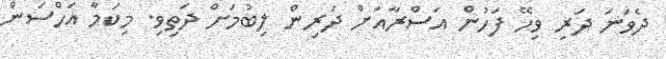
ދެވަނަ ދަރި ވިހޭ ފަހުން އަސްރާއަށް ދަރިން ލިބުމަށް ދަތިވި. މިކަމާ އަހްސަން